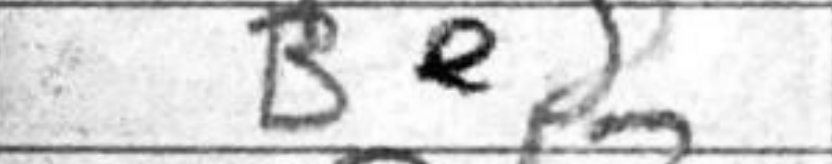
Transcription: Be5